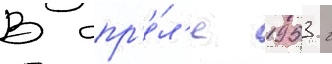
В апр'е́л'е 1953 г